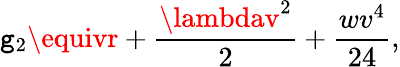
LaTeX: \mathtt{g}_{2}\equivr+\frac{{\lambdav^{2}}}{{2}}+\frac{{wv^{4}}}{{24}},